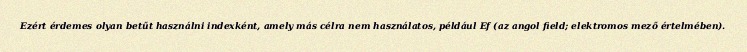
Ezért érdemes olyan betűt használni indexként, amely más célra nem használatos, például Ef (az angol field; elektromos mező értelmében).